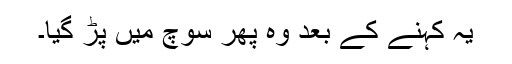
یہ کہنے کے بعد وہ پھر سوچ میں پڑ گیا۔